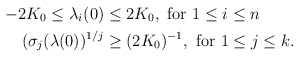
\begin{align*}-2K_0 \leq \lambda_i(0) \leq {} &2 K_0, \ \textrm{for } 1 \le i \le n \\ (\sigma_j(\lambda(0))^{1/j} \ge {} & (2K_0)^{-1}, \ \textrm{for } 1\le j \le k. \end{align*}